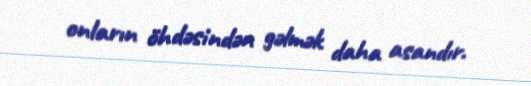
onların öhdəsindən gəlmək daha asandır.